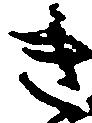
き